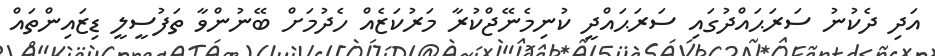
އަދި ދެކުނު ސަރަޙައްދުގައި ސަރަޙައްދީ ކުނިމެނޭޖްކުރާ މަރުކަޒެއް ހެދުމަށް ބޭނުންވާ ތަފުސީލީ ޑިޒައިންތައް